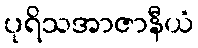
ပုရိသအာဇာနီယံ